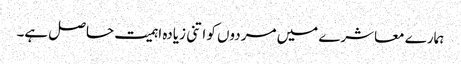
ہمارے معاشرے میں مردوں کو اتنی زیادہ اہمیت حاصل ہے۔